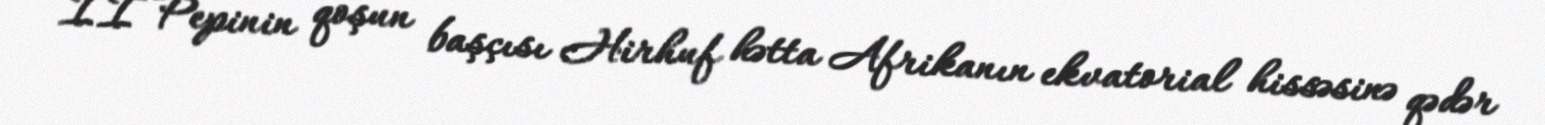
II Pepinin qoşun başçısı Hirhuf hətta Afrikanın ekvatorial hissəsinə qədər